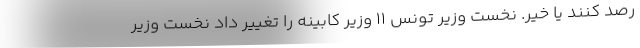
رصد کنند یا خیر. نخست وزیر تونس ۱۱ وزیر کابینه را تغییر داد نخست وزیر